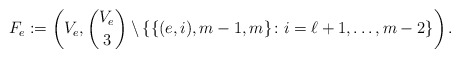
\begin{align*}F_e:=\left(V_e,\binom{V_e}{3}\setminus\left\{\{(e,i),m-1,m\}\colon i=\ell+1,\ldots, m-2\right\} \right). \end{align*}